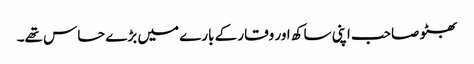
بھٹو صاحب اپنی ساکھ اور وقار کے بارے میں بڑے حساس تھے۔